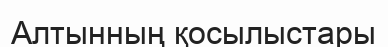
Алтынның қосылыстapы